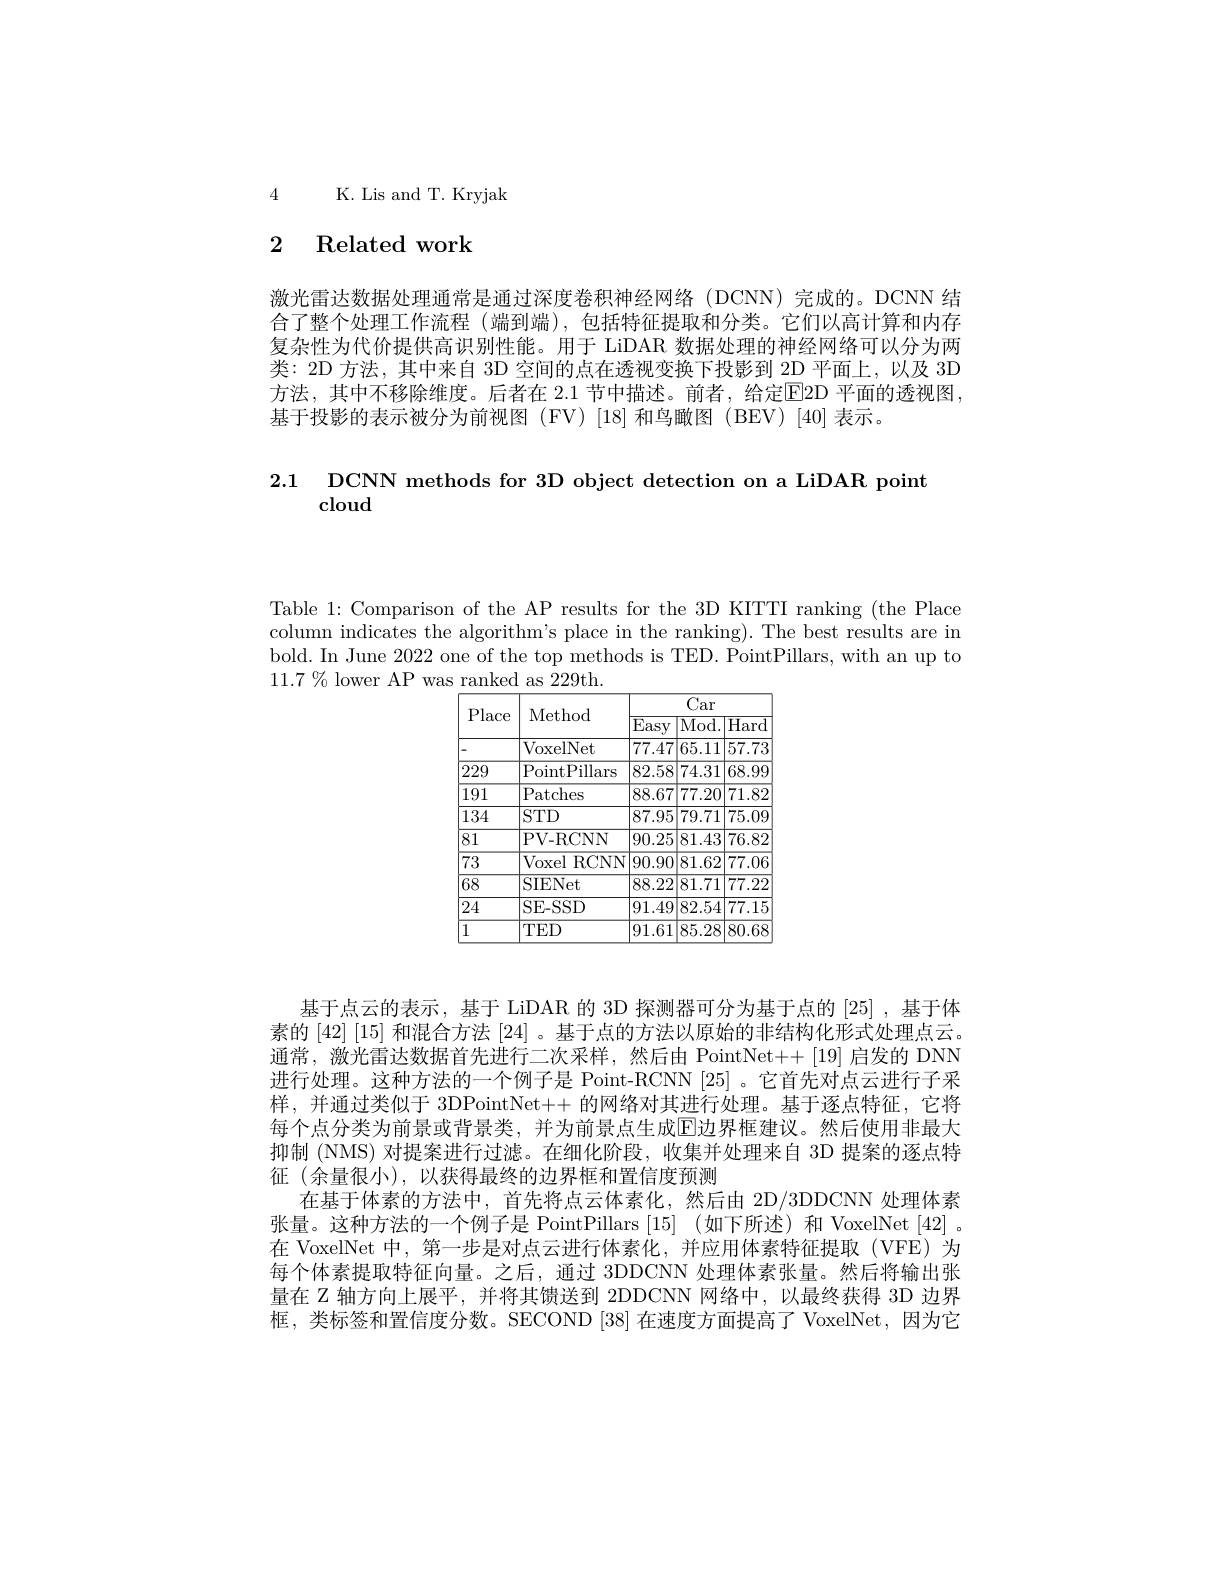
4 K. Lis and T. Kryjak

# 2 Related work

激光雷达数据处理通常是通过深度卷积神经网络(DCNN)完成的。DCNN 结合了整个处理工作流程 (端到端),包括特征提取和分类。它们以高计算和内存复杂性为代价提供高识别性能。用于 LiDAR 数据处理的神经网络可以分为两类：2D 方法，其中来自 3D 空间的点在透视变换下投影到 2D 平面上，以及 3D 方法，其中不移除维度。后者在 2.1 节中描述。前者，给定E2D 平面的透视图， 基于投影的表示被分为前视图(FV)[18]和鸟瞰图(BEV)[40]表示。

2.1 $\textbf{DCNN methods for 3D object detection on a LiDAR point}$

Table 1: Comparison of the AP results for the 3D KITTI ranking (the Place column indicates the algorithm's place in the ranking). The best results are in bold. In June 2022 one of the top methods is TED. PointPillars, with an up to $11.7\%$ lower AP was ranked as 229th.

<table>
	<tbody>
		<tr>
			<th rowspan="2">Place</th>
			<th rowspan="2">Method</th>
			<th colspan="3">Car</th>
		</tr>
		<tr>
			<th>$\overline{\mathrm{Easy}}$</th>
			<th>$\overline{\mathrm{Mod.}}$</th>
			<th>$\overline{\mathrm{Hard}}$ .</th>
		</tr>
		<tr>
			<td>-</td>
			<td>VoxelNet</td>
			<td>77.47</td>
			<td>|65.11</td>
			<td>|57.73</td>
		</tr>
		<tr>
			<td>229</td>
			<td>PointPillars</td>
			<td>82.58</td>
			<td>74.31</td>
			<td>68.99</td>
		</tr>
		<tr>
			<td>191</td>
			<td>Patches</td>
			<td>88.67</td>
			<td>77.20</td>
			<td>71.82</td>
		</tr>
		<tr>
			<td>134</td>
			<td>$STD$</td>
			<td>87.95</td>
			<td>79.71</td>
			<td>75.09</td>
		</tr>
		<tr>
			<td>81</td>
			<td>PV- RCNN</td>
			<td>90.25</td>
			<td>81.43</td>
			<td>76.82</td>
		</tr>
		<tr>
			<td>73</td>
			<td>Voxel RCNN</td>
			<td>90.90</td>
			<td>|81.62</td>
			<td>77.06</td>
		</tr>
		<tr>
			<td>$\overline{68}$</td>
			<td>SIENet</td>
			<td>$\overline{88.22}$</td>
			<td>$\boxed{81.71}$</td>
			<td>$\overline{77.22}$</td>
		</tr>
		<tr>
			<td>24</td>
			<td>SE- SSD</td>
			<td>91.49</td>
			<td>|82.54</td>
			<td>77.15</td>
		</tr>
		<tr>
			<td>1</td>
			<td>$TED$</td>
			<td>91.61</td>
			<td>85.28</td>
			<td>80.68</td>
		</tr>
	</tbody>
</table>

基于点云的表示，基于 LiDAR 的 3D 探测器可分为基于点的 [25] ,基于体素的 [42] [15] 和混合方法 [24] 。基于点的方法以原始的非结构化形式处理点云。通常，激光雷达数据首先进行二次采样，然后由 PointNet++ [19] 启发的 DNN 进行处理。这种方法的一个例子是 Point-RCNN [25]。它首先对点云进行子采样，并通过类似于 3DPointNet++ 的网络对其进行处理。基于逐点特征，它将每个点分类为前景或背景类，并为前景点生成$\mathbb{E}$边界框建议。然后使用非最大抑制 (NMS) 对提案进行过滤。在细化阶段，收集并处理来自 3D 提案的逐点特征(余量很小),以获得最终的边界框和置信度预测
在基于体素的方法中，首先将点云体素化，然后由 2D/3DDCNN 处理体素张量。这种方法的一个例子是 PointPillars [15] (如下所述)和 VoxelNet [42]。在 VoxelNet 中，第一步是对点云进行体素化，并应用体素特征提取(VFE)为每个体素提取特征向量。之后，通过 3DDCNN 处理体素张量。然后将输出张量在$\mathbb{Z}$轴方向上展平，并将其馈送到 2DDCNN 网络中，以最终获得 3D 边界框，类标签和置信度分数。SECOND [38] 在速度方面提高了 VoxelNet,因为它